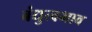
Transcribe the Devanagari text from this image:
बंधुत्वभाव